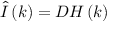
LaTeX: \hat { I } \left( k \right) = D { \cal H } \left( k \right)